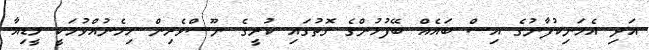
އަދި އެމަނިކުފާނުގެ އިސް ބައެއް ބޭފުޅުންގެ ގޮތުގައި ކުރީގެ ނޫސްވެރިން ހިމެނުއްވުމަކީ މީޑިއާ